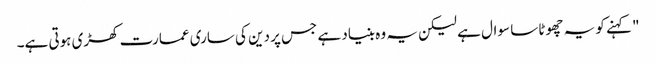
" کہنے کو یہ چھوٹا سا سوال ہے لیکن یہ وہ بنیاد ہے جس پر دین کی ساری عمارت کھڑی ہوتی ہے۔